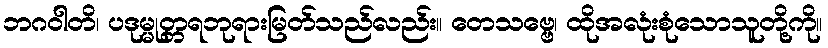
ဘဂဝါတိ၊ ပဒုမ္မုတ္တရဘုရားမြတ်သည်လည်း။ တေသဗ္ဗေ၊ ထိုအလုံးစုံသောသူတို့ကို။